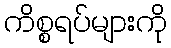
ကိစ္စရပ်များကို